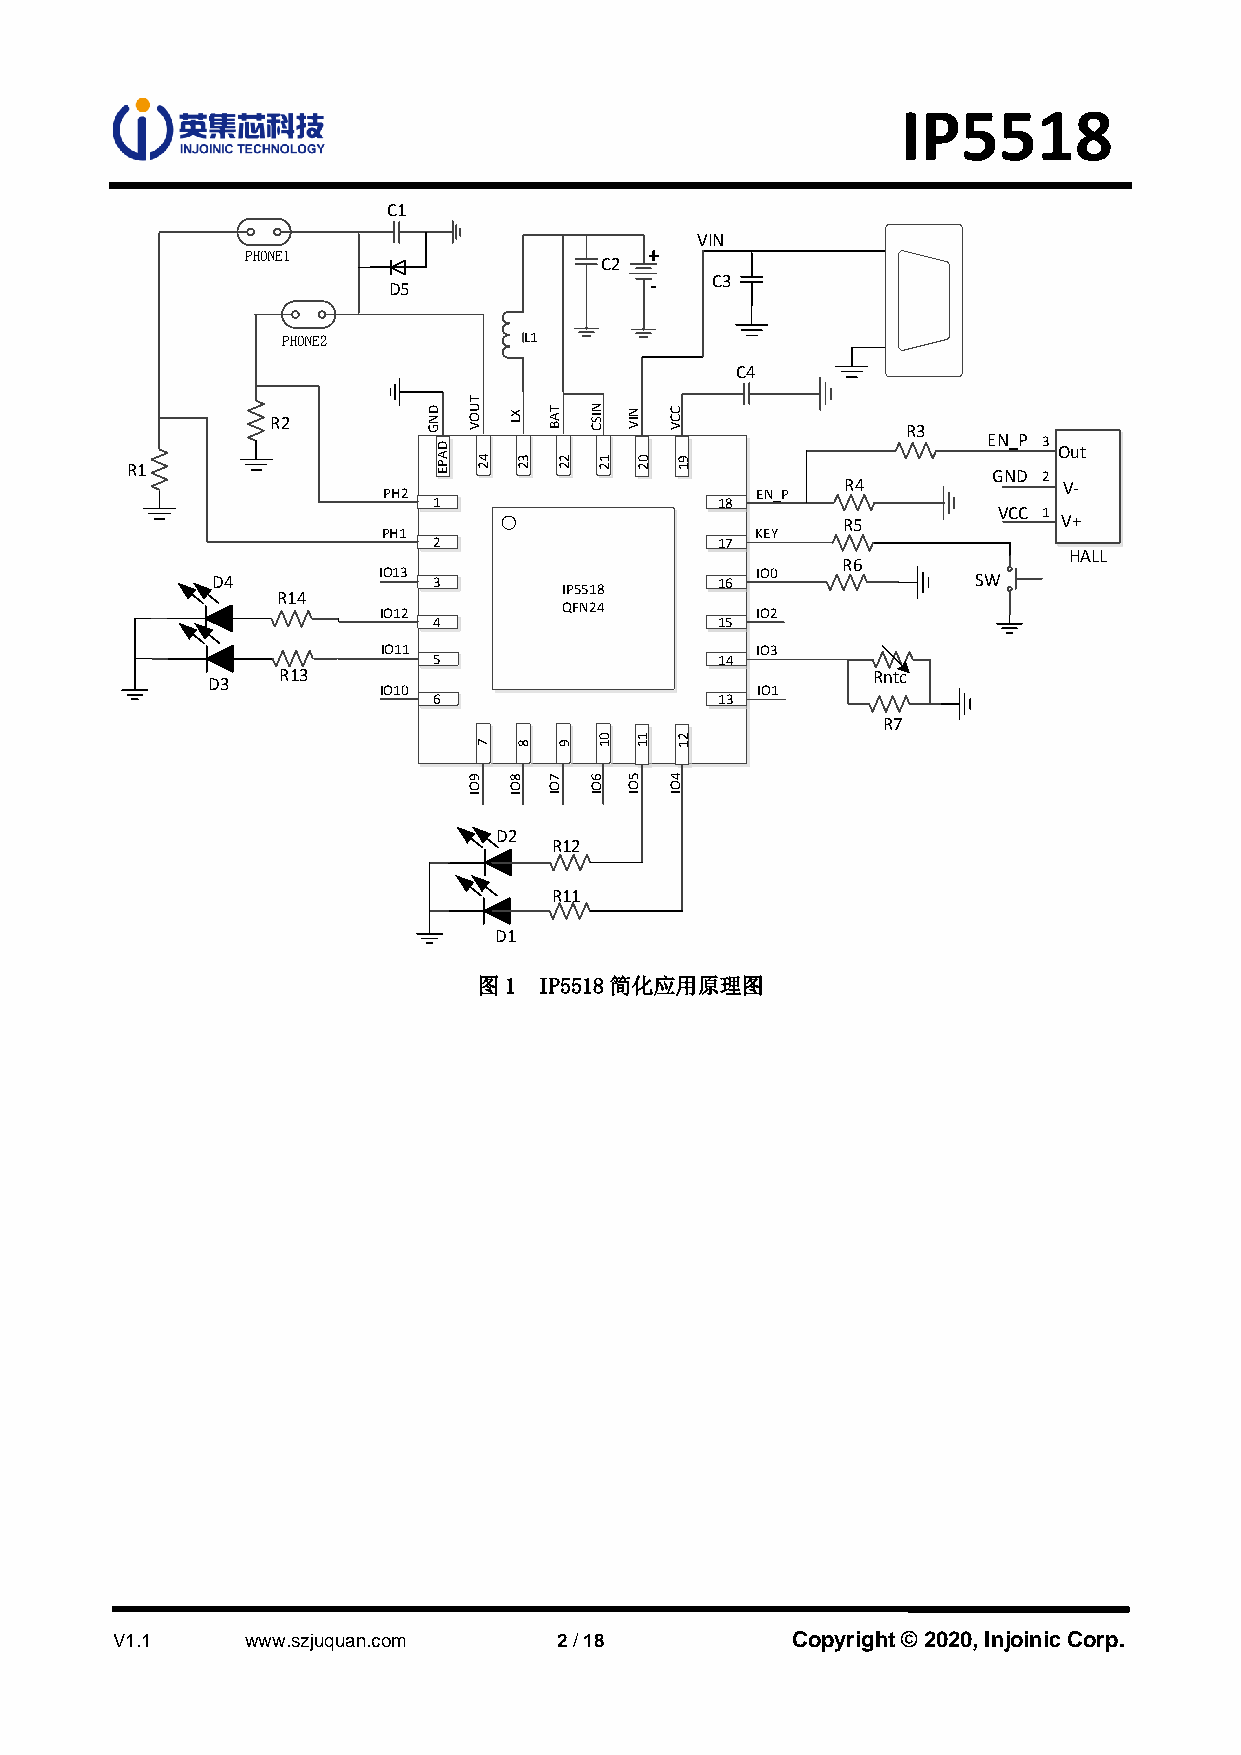
IP5518
 C1
 VIN
 PHONE1                     +
 C2
 D5               -   C3
 PHONE2          L1
 C4        Micro USB
 R2
 R3
 EN_P 3
 Out
 R1
 GND 2
 R4            V-
 PH2                      EN_P
 1                 18
 VCC 1
 R5            V+
 PH1                      KEY
 2                 17
 HALL
 R6
 D4         IO13 3                16 IO0            SW
 IP5518
 R14
 IO12        QFN24        IO2
 4                 15
 IO11                     IO3
 5                  14
 R13                                     Rntc
 D3
 IO10                     IO1
 6                  13
 R7
 D2
 R12
 R11
 D1
 图1  IP5518简化应用原理图
 V1.1     www.szjuquan.com     2 / 18         Copyright © 2020, Injoinic Corp.
 DNG
 DAPE
 TUOV
 9OI
 42
 7
 XL
 8OI
 32
 8
 TAB
 7OI
 22
 9
 NISC
 6OI
 12
 01
 NIV
 5OI
 02
 11
 CCV
 4OI
 91
 21